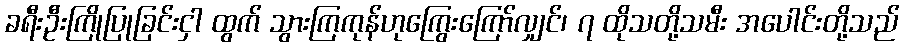
ခရီးဦးကြိုပြုခြင်းငှါ ထွက် သွားကြကုန်ဟုကြွေးကြော်လျှင်၊ ၇ ထိုသတို့သမီး အပေါင်းတို့သည်